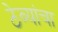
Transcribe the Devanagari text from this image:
ठेव्यांचा